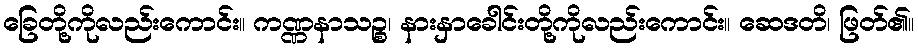
ခြေတို့ကိုလည်းကောင်း။ ကဏ္ဏနာသဉ္စ၊ နားနှာခေါင်းတို့ကိုလည်းကောင်း။ ဆေဒတိ၊ ဖြတ်၏။